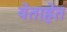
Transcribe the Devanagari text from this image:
येताहेत